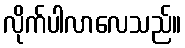
လိုက်ပါလာလေသည်။